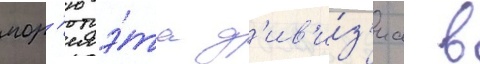
мор'ю э́та д'ив'и́з'иа в